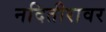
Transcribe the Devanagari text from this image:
नदितीरावर